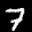
Label: 7